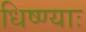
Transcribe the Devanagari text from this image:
धिष्ण्याः